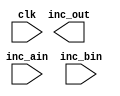
/*******************************************************************************************/
/**                                                                                       **/
/** Copyright 2021 Monte J. Dalrymple                                                     **/
/**                                                                                       **/
/** SPDX-License-Identifier: Apache-2.0 WITH SHL-2.1                                      **/
/**                                                                                       **/
/** Licensed under the Solderpad Hardware License v 2.1 (the "License"); you may not use  **/
/** this file except in compliance with the License, or, at your option, the Apache       **/
/** License version 2.0. You may obtain a copy of the License at                          **/
/**                                                                                       **/
/** https://solderpad.org/licenses/SHL-2.1/                                               **/
/**                                                                                       **/
/** Unless required by applicable law or agreed to in writing, any work distributed under **/
/** the License is distributed on an "AS IS" BASIS, WITHOUT WARRANTIES OR CONDITIONS OF   **/
/** ANY KIND, either express or implied. See the License for the specific language        **/
/** governing permissions and limitations under the License.                              **/
/**                                                                                       **/
/** instantiated incrementer                                          Rev 0.0  03/29/2021 **/
/**                                                                                       **/
/*******************************************************************************************/
module inst_inc  (inc_out, clk, inc_ain, inc_bin);

  input         clk;                                       /* cpu clock                    */
  input   [2:0] inc_bin;                                   /* increment value              */
  input  [31:0] inc_ain;                                   /* primary input a              */

  output [31:0] inc_out;                                   /* increment result             */

  /*****************************************************************************************/
  /* signal declarations                                                                   */
  /*****************************************************************************************/
  wire   [31:0] inc_out;                                   /* increment result             */

`ifdef ICE40_VERSION
  /*****************************************************************************************/
  /* Lattice DSP Function                                                                  */
  /*****************************************************************************************/
  SB_MAC16      INC   ( .CLK(clk), .CE(1'b1), .A(inc_ain[15:0]), .AHOLD(1'b0),
                        .B({13'h0, inc_bin}), .BHOLD(1'b0), .C(inc_ain[31:16]),
                        .CHOLD(1'b0), .D(16'h0), .DHOLD(1'b0), .IRSTTOP(1'b0),
                        .ORSTTOP(1'b0), .OLOADTOP(1'b0), .ADDSUBTOP(1'b0),
                        .OHOLDTOP(1'b0), .IRSTBOT(1'b0), .ORSTBOT(1'b0), .OLOADBOT(1'b0),
                        .ADDSUBBOT(1'b0), .OHOLDBOT(1'b0), .O(inc_out), .CI(1'b0), .CO(),
                        .ACCUMCI(1'b0), .ACCUMCO(), .SIGNEXTIN(1'b0), .SIGNEXTOUT() );

  defparam INC.MODE_8x8              = 1'b1;
  defparam INC.TOPADDSUB_UPPERINPUT  = 1'b1;
  defparam INC.TOPADDSUB_CARRYSELECT = 2'b10;
  defparam INC.BOTADDSUB_UPPERINPUT  = 1'b1;

`endif  // ICE40_VERSION

`ifdef SERIES7_VERSION
  /*****************************************************************************************/
  /* Xilinx adder                                                                          */
  /*****************************************************************************************/
  ADDSUB_MACRO       #( .DEVICE("7SERIES"), .LATENCY(0), .WIDTH(32) )
                INC   ( .CARRYOUT(), .RESULT(inc_out), .A(inc_ain), .ADD_SUB(1'b1),
                        .B({29'h0, inc_bin}), .CARRYIN(1'b0), .CE(1'b1), .CLK(clk),
                        .RST(1'b0) );

`endif  // SERIES7_VERSION

  endmodule